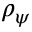
\rho _ { \psi }